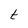
Character: t